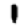
Digit: 1